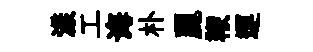
漾工诲朴麗鞭運